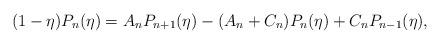
LaTeX: \begin{align*} (1-\eta)P_n(\eta)=A_nP_{n+1}(\eta)-(A_n+C_n)P_n(\eta)+C_nP_{n-1}(\eta), \end{align*}